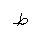
Letter: _da